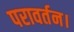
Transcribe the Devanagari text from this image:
परावर्तन।